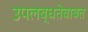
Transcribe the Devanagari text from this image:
उपलब्धतेबाबत